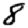
Digit: 8